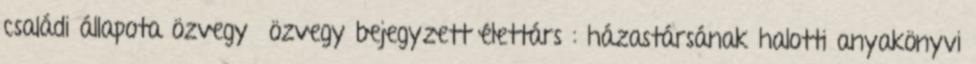
családi állapota özvegy özvegy bejegyzett élettárs : házastársának halotti anyakönyvi